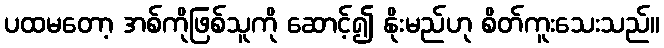
ပထမတော့ အစ်ကိုဖြစ်သူကို ဆောင့်၍ နိုးမည်ဟု စိတ်ကူးသေးသည်။